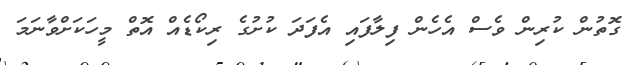
ގޮތުން ކުރިން ވެސް އެހެން ފިލާފައި އެފަދަ ކުށުގެ ރިކޯޑެއް އޮތް މީހަކަށްވާނަމަ